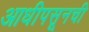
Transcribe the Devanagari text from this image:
आधीपसूनची